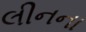
લીનના